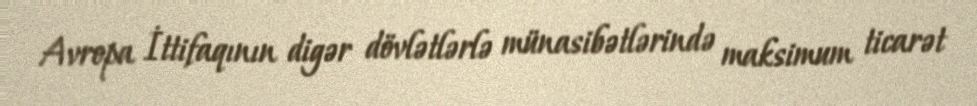
Avropa İttifaqının digər dövlətlərlə münasibətlərində maksimum ticarət